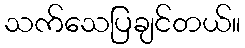
သက်သေပြချင်တယ်။